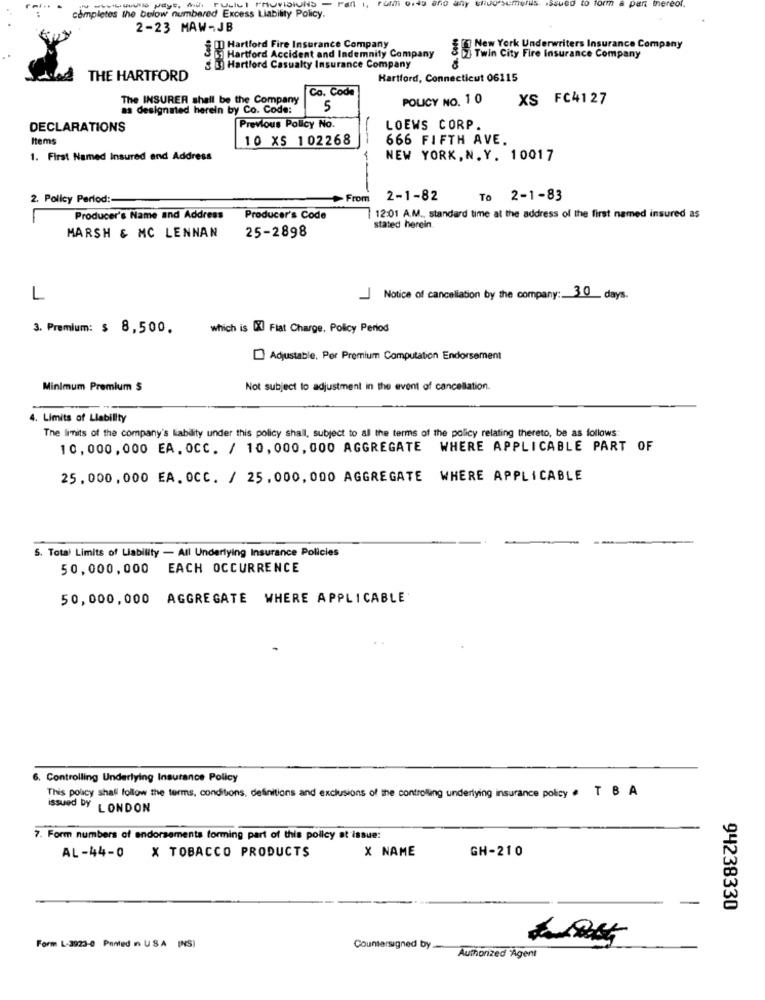
n & part thereof.
completes the below numbered Excess Liability Policy.
2-23 MAW-JB
00 Hartford Fire Insurance Company
1 Hartford Accident and Indemnity Company
§ New York Underwriters Insurance Company
Twin City Fire Insurance Company
3 [] Hartford Casualty Insurance Company
THE HARTFORD
Hartford, Connecticut 06115
Co. Coda
The INSURER shall be the Company
POLICY NO. 1 0
XS FC4127
as designated herein by Co. Code:
5
DECLARATIONS
Previous Policy No.
LOEWS CORP.
Items
10 XS 102268
666 FIFTH AVE.
1. First Named Insured and Address
NEW YORK, N. Y. 10017
---
2. Policy Period :-
From
2-1-82
To 2-1-83
Producer's Name and Address
Producer's Code
12:01 A.M ., standard time al the address of the first named insured as
25-2898
stated herein.
MARSH & MC LENNAN
L
1
Notice of cancellation by the company: 3 0 days.
3. Premium: $ 8,500.
which is Dit Flat Charge, Policy Period
Adjustable, Per Premium Computation Endorsement
Minimum Premium $
Not subject to adjustment in the event of cancellation.
4. Limits of Liability
The limits of the company's liability under this policy shall, subject to all the terms of the policy relating thereto, be as follows:
10,000,000 EA. OCC. / 10,000,000 AGGREGATE WHERE APPLICABLE PART OF
25,000, 000 EA. OCC. / 25,000,000 AGGREGATE WHERE APPLICABLE
S. Total Limits of Liability - All Underlying Insurance Policies
50,000,000
EACH OCCURRENCE
50,000,000 AGGREGATE WHERE APPLICABLE
6. Controlling Underlying Insurance Policy
This policy shall follow the terms, conditions. definitions and exclusions of the controlling underlying insurance policy . T B A
issued DY LONDON
7. Form numbers of endorsements forming part of this policy at issue:
X NAME
AL-44-0 X TOBACCO PRODUCTS
GH-210
-
94238330
Form L-3923-0 Pointed n USA INS)
Countersigned by
Authorized Agent